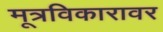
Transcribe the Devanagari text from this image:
मूत्रविकारावर